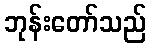
ဘုန်းတော်သည်